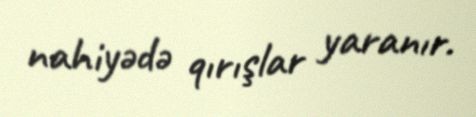
nahiyədə qırışlar yaranır.